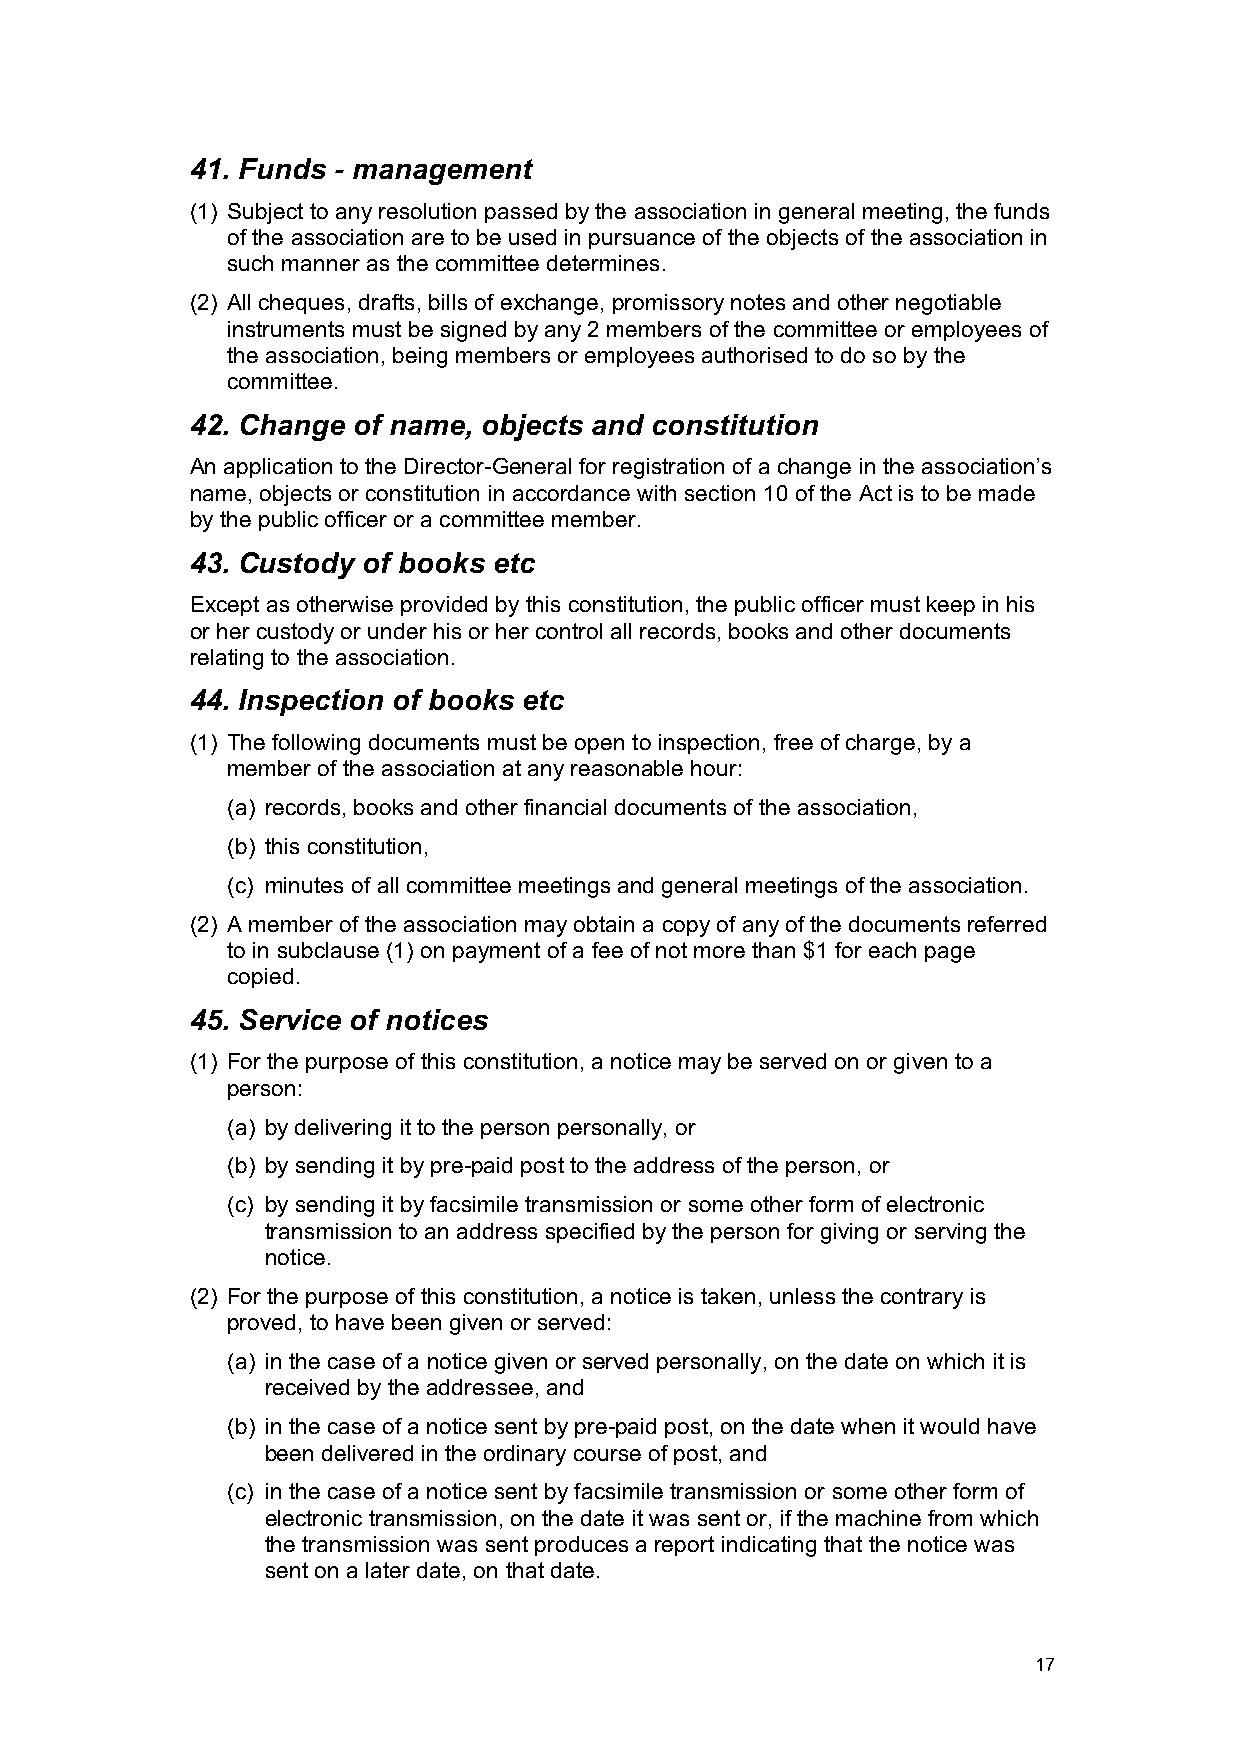
41. Funds - management
 (1) Subject to any resolution passed by the association in general meeting, the funds
 of the association are to be used in pursuance of the objects of the association in
 such manner as the committee determines.
 (2) All cheques, drafts, bills of exchange, promissory notes and other negotiable
 instruments must be signed by any 2 members of the committee or employees of
 the association, being members or employees authorised to do so by the
 committee.
 42. Change of name, objects and constitution
 An application to the Director-General for registration of a change in the association’s
 name, objects or constitution in accordance with section 10 of the Act is to be made
 by the public officer or a committee member.
 43. Custody of books etc
 Except as otherwise provided by this constitution, the public officer must keep in his
 or her custody or under his or her control all records, books and other documents
 relating to the association.
 44. Inspection of books etc
 (1) The following documents must be open to inspection, free of charge, by a
 member of the association at any reasonable hour:
 (a) records, books and other financial documents of the association,
 (b) this constitution,
 (c) minutes of all committee meetings and general meetings of the association.
 (2) A member of the association may obtain a copy of any of the documents referred
 to in subclause (1) on payment of a fee of not more than $1 for each page
 copied.
 45. Service of notices
 (1) For the purpose of this constitution, a notice may be served on or given to a
 person:
 (a) by delivering it to the person personally, or
 (b) by sending it by pre-paid post to the address of the person, or
 (c) by sending it by facsimile transmission or some other form of electronic
 transmission to an address specified by the person for giving or serving the
 notice.
 (2) For the purpose of this constitution, a notice is taken, unless the contrary is
 proved, to have been given or served:
 (a) in the case of a notice given or served personally, on the date on which it is
 received by the addressee, and
 (b) in the case of a notice sent by pre-paid post, on the date when it would have
 been delivered in the ordinary course of post, and
 (c) in the case of a notice sent by facsimile transmission or some other form of
 electronic transmission, on the date it was sent or, if the machine from which
 the transmission was sent produces a report indicating that the notice was
 sent on a later date, on that date.
 17